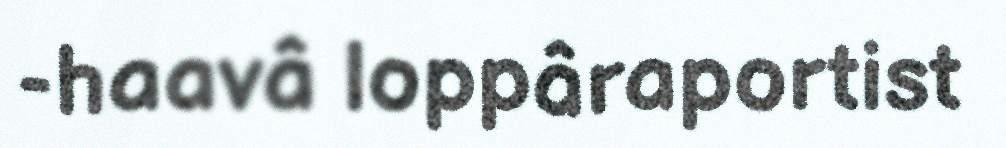
-haavâ loppâraportist